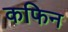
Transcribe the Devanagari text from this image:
कफिन